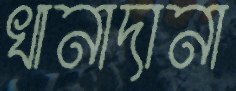
খানাদানা